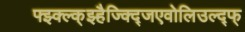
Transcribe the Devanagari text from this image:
फ्झ्क्ल्क्झ्हैज्क्द्जिएवोलिउल्द्फ्